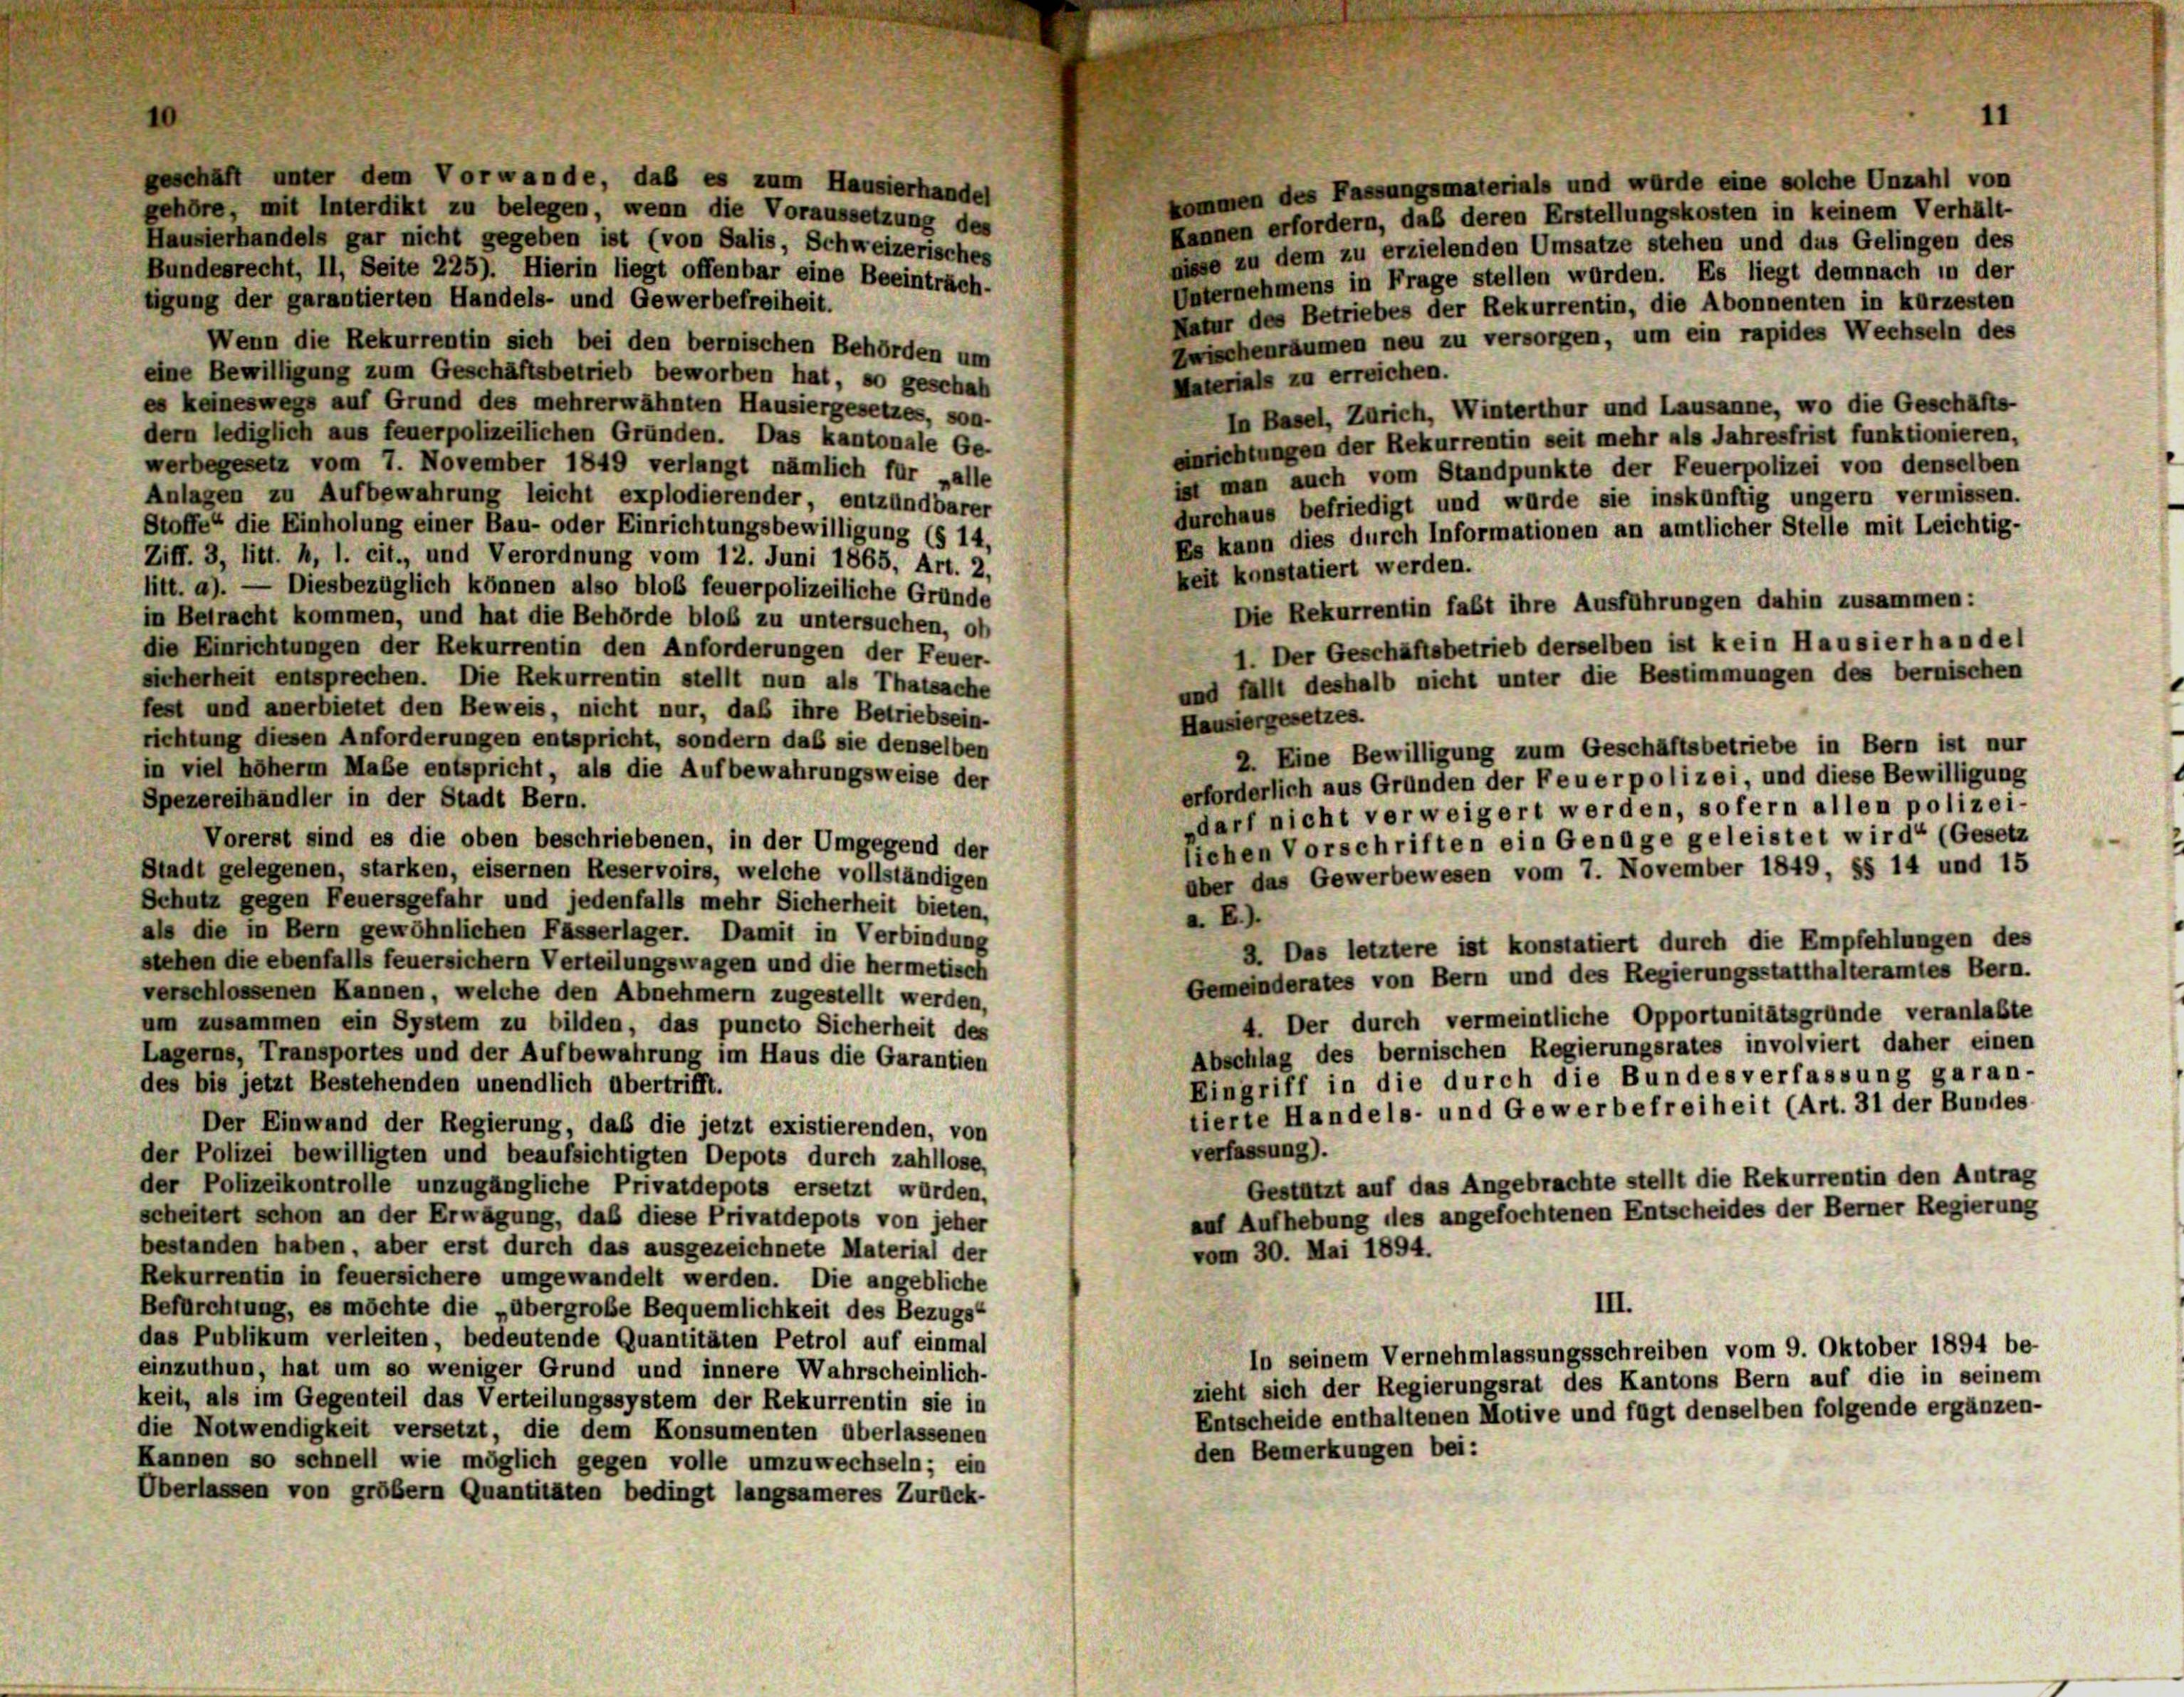
geschäft unter dem Vorwande, daß es zum Hausierhandel
kommen des Fassungsmaterials und würde eine solche Unzahl von
gehöre, mit Interdikt zu belegen, wenn die Voraussetzung des
Kannen erfordern, daß deren Erstellungskosten in keinem Verhält-
Hausierhandels gar nicht gegeben ist (von Salis, Schweizerisches
disse zu dem zu erzielenden Umsatze stehen und das Gelingen des
Bundesrecht, II, Seite 225). Hierin liegt offenbar eine Beeinträch-
Unternehmens in Frage stellen würden. Es liegt demnach in der
tigung der garantierten Handels- und Gewerbefreiheit.
Natur des Betriebes der Rekurrentin, die Abonnenten in kürzesten
Zwischenräumen neu zu versorgen, um ein rapides Wechseln des
Wenn die Rekurrentin sich bei den bernischen Behörden um
eine Bewilligung zum Geschäftsbetrieb beworben hat, so geschah
Materials zu erreichen.
es keineswegs auf Grund des mehrerwähnten Hausiergesetzes, son-
In Basel, Zürich, Winterthur und Lausanne, wo die Geschäfts-
dern lediglich aus feuerpolizeilichen Gründen. Das kantonale Ge-
einrichtungen der Rekurrentin seit mehr als Jahresfrist funktionieren,
werbegesetz vom 7. November 1849 verlangt nämlich für „alle
ist man auch vom Standpunkte der Feuerpolizei von denselben
Anlagen zu Aufbewahrung leicht explodierender, entzündbarer
durchaus befriedigt und wurde sie inskünftig ungern vermissen.
Stoffe die Einholung einer Bau- oder Einrichtungsbewilligung (§ 14,
Es kann dies durch Informationen an amtlicher Stelle mit Leichtig-
Ziff. 3, litt. h, 1. cit., und Verordnung vom 12. Juni 1865, Art. 2,
keit konstatiert werden.
litt. a). — Diesbezüglich können also bloß feuerpolizeiliche Gründe
Die Rekurrentin faßt ihre Ausführungen dahin zusammen:
in Betracht kommen, und hat die Behörde bloß zu untersuchen, ob
1. Der Geschäftsbetrieb derselben ist kein Hausierhandel
die Einrichtungen der Rekurrentin den Anforderungen der Feuer-
sicherheit entsprechen. Die Rekurrentin stellt nun als Thatsache
und fallt deshalb nicht unter die Bestimmungen des bernischen
fest und anerbietet den Beweis, nicht nur, daß ihre Betriebsein-
Hausiergesetzes.
richtung diesen Anforderungen entspricht, sondern daß sie denselben
2. Eine Bewilligung zum Geschäftsbetriebe in Bern ist nur
in viel höherm Maße entspricht, als die Aufbewahrungsweise der
erforderlich aus Gründen der Feuerpolizei, und diese Bewilligung
Spezereihändler in der Stadt Bern.
darf nicht verweigert werden, sofern allen polizei-
Vorerst sind es die oben beschriebenen, in der Umgegend der
liehen Vorschriften ein Genüge geleistet wird“ (Gesetz
Stadt gelegenen, starken, eisernen Reservoirs, welche vollständigen
aber das Gewerbewesen vom 7. November 1849, §§ 14 und 15
Schutz gegen Feuersgefahr und jedenfalls mehr Sicherheit bieten,
a. E.).
als die in Bern gewöhnlichen Fässerlager. Damit in Verbindung
8. Das letztere ist konstatiert durch die Empfehlungen des
stehen die ebenfalls feuersichem Verteilungswagen und die hermetisch
Gemeinderates von Bern und des Regierungsstatthalteramtes Bern.
verschlossenen Kannen, welche den Abnehmern zugestellt werden,
4. Der durch vermeintliche Opportunitätsgründe veranlaßte
um zusammen ein System zu bilden, das puncto Sicherheit des
Abschlag des bernischen Regierungsrates involviert daher einen
Lagerns, Transportes und der Aufbewahrung im Haus die Garantien
Eingriff in die durch die Bundesverfassung garan-
des bis jetzt Bestehenden unendlich übertrifft.
tierte Handels- und Gewerbefreiheit (Art. 31 der Bundes
Der Einwand der Regierung, daß die jetzt existierenden, von
verfassung).
der Polizei bewilligten und beaufsichtigten Depots durch zahllose,
Gestützt auf das Angebrachte stellt die Rekurrentin den Antrag
der Polizeikontrolle unzugängliche Privatdepots ersetzt wurden,
auf Aufhebung des angefochtenen Entscheides der Berner Regierung
scheitert schon an der Erwägung, daß diese Privatdepots von jeher
bestanden haben, aber erst durch das ausgezeichnete Material der
vom 30. Mai 1894.
Rekurrentin in feuersichere umgewandelt werden. Die angebliche
III.
Befürchtung, es möchte die „übergroße Bequemlichkeit des Bezugs-
das Publikum verleiten, bedeutende Quantitäten Petrol auf einmal
In seinem Vernehmlassungsschreiben vom 9. Oktober 1894 be-
einzuthun, hat um so weniger Grund und innere Wahrscheinlich-
zieht sich der Regierungsrat des Kantons Bern auf die in seinem
keit, als im Gegenteil das Verteilungssystem der Rekurrentin sie in
Entscheide enthaltenen Motive und fügt denselben folgende ergänzen-
die Notwendigkeit versetzt, die dem Konsumenten überlassenen
den Bemerkungen bei:
Kannen so schnell wie möglich gegen volle umzuwechseln; ein
Überlassen von grübem Quantitäten bedingt langsameres Zurück-